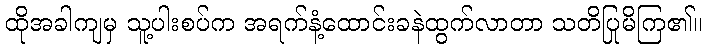
ထိုအခါကျမှ သူ့ပါးစပ်က အရက်နံ့ထောင်းခနဲထွက်လာတာ သတိပြုမိကြ၏။